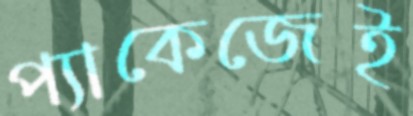
প্যাকেজেই